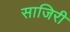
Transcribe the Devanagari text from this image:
साजिरी